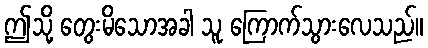
ဤသို့ တွေးမိသောအခါ သူ ကြောက်သွားလေသည်။